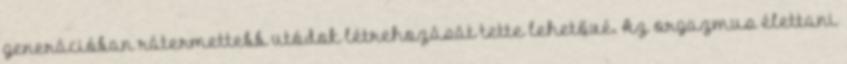
generációban rátermettebb utódok létrehozását tette lehetővé. Az orgazmus élettani